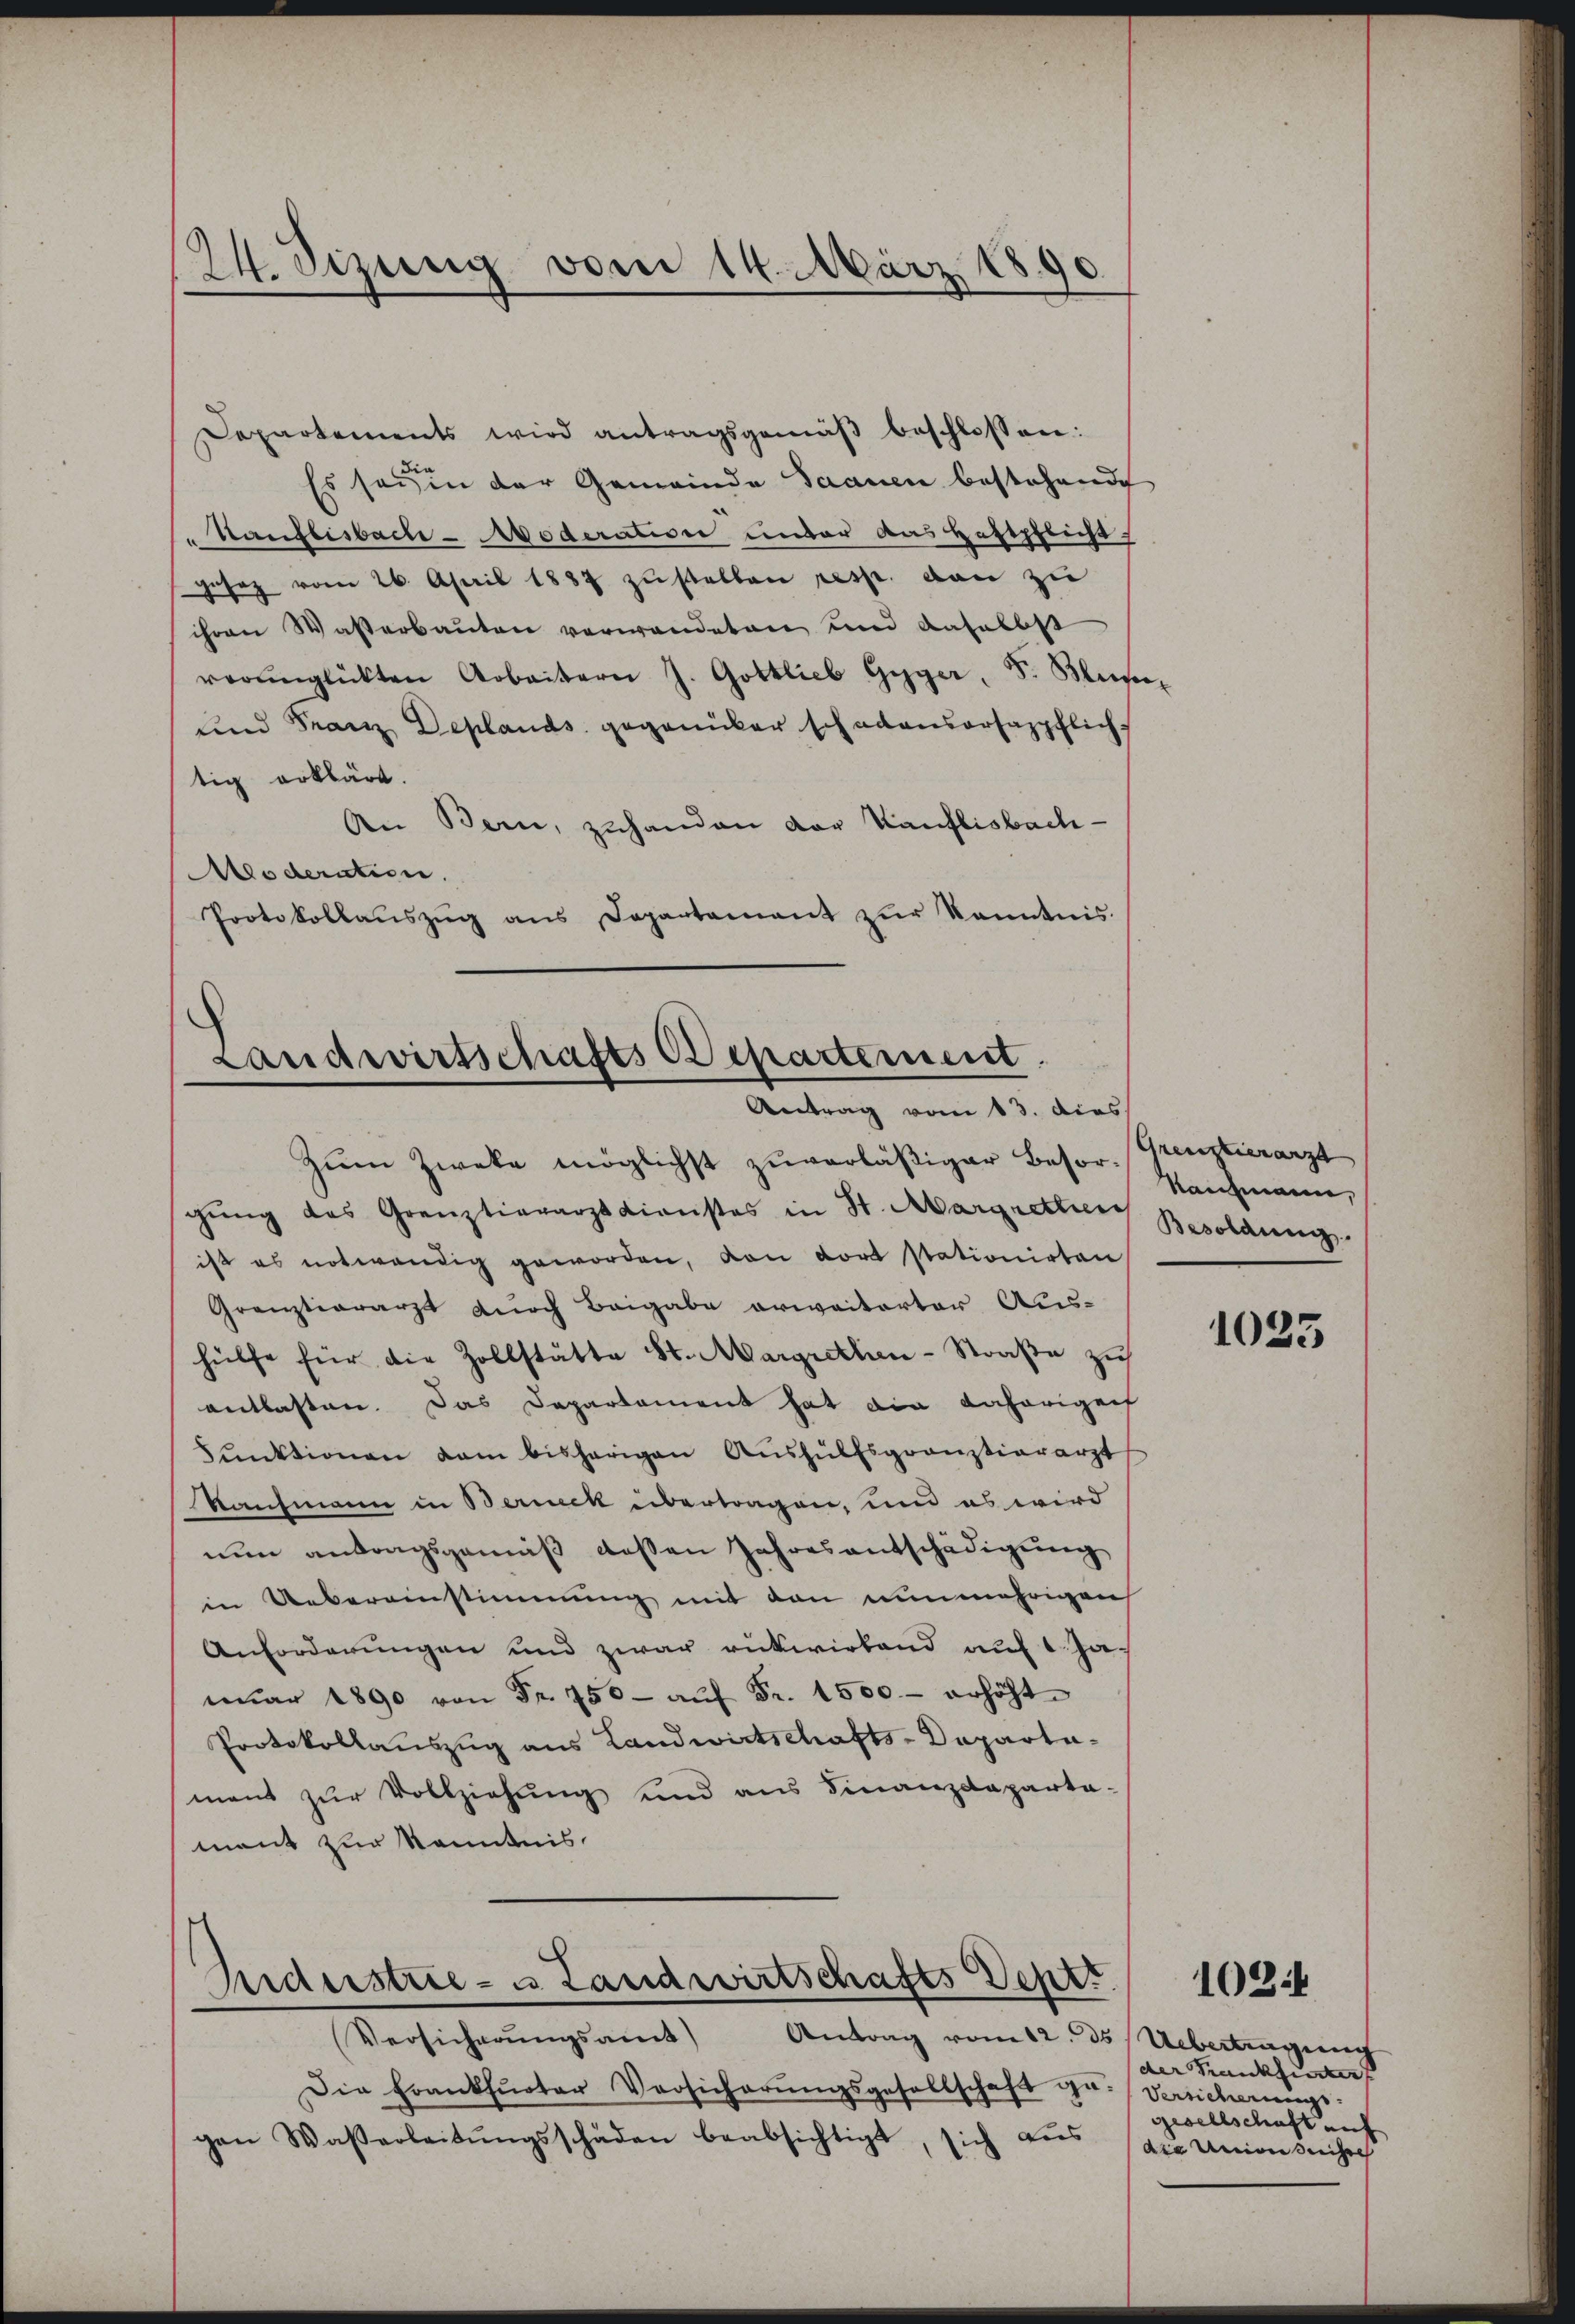
124. Sizung vom 14. März 1890.

Departements wird antragsgemäβ beschlossen:
Es seyen der Gemeinde Saanen bestehende
Kauflisbach- oderation unter das Haftpflicht
gesez vom 26. April 1887 zŭstellen resp. von zu
ihren Wasserbauten verwendeten und daselbst
verŭnglückten Arbeitern J. Gottlieb Gyger, Dr. Blume
und Franz Deplands gegenüber schadensertappflich
tig erklärt.
An Bern, zuhanden der Kauflisbach-
Aoderation.
Protokollaŭszŭg ans Departement zŭr Kenntnis.

Landwirtschafts Departement.
Antrag vom 13. dies

Zum Zwecke möglichst zuverläßiger Besor Reichmann,
gŭng des Grenztierarzt dienstes in St. Margrether Besoldung,
ist es notwendig geworden, von dort stationirten
Granztierarzt durch Beigabe erweiterter Aushülfe für die Zollstätte St. Margrethen-Straße zu
entlasten. Das Departement hat die daherigen
Funktionen dem bisherigen Aŭshülfsgränztierarzt
Kaufmann in Berneck übertragen, und es wird
nun antragsgemäß dessen Jahresentschädigung
in Uebereinstimmung mit den nunmehrigen
Anforderungen und zwar rückwirkend auf 1 Ja
mŭar 1890 von Fr. 750- aŭf Fr. 1500.- erhöht
Protokollauszug aus Landwirtschafts-Departamant zŭr Vollziehŭng und ans Finanzdeparta-
mant zur Kenntnis.

Siderstrie- u Landwirtschafts Vertr
Versicherungsamt)
Antrag vom 12. ds. Uebertragung

Die Frankfurter Versicherŭngsgesellschaft ge- Versicherungs-
gen Wassarbeitŭngsschäden beabsichtigt, sich aŭs

Grenztierarzt

1025

der Kauzzuauf
gesellschaft auf
die Univer Kreise

1024